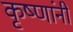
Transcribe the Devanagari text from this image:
कृष्णांनी